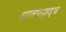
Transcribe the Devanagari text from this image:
श्रावणशुद्ध